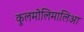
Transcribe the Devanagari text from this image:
कुलमोलिमालिआ